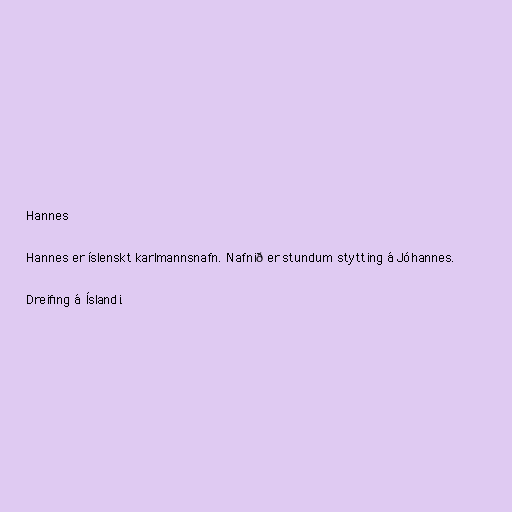
Hannes

Hannes er íslenskt karlmannsnafn. Nafnið er stundum stytting á Jóhannes.

Dreifing á Íslandi.